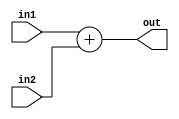
module FA(in1, in2, out);
input signed [15:0] in1;
input signed [17:0] in2;
output signed [17:0] out;

assign out = in1 + in2;

endmodule